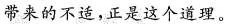
带来的不适，正是这个道理。